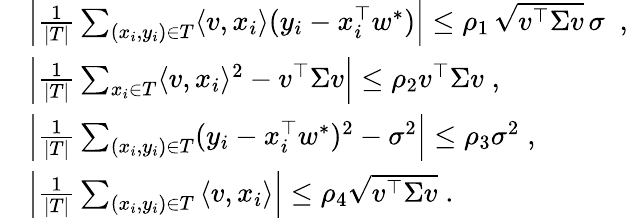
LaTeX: \begin{array}{rl}&{\Big|\frac{1}{|T|}\sum_{(x_{i},y_{i})\in T}\langle v,x_{i}\rangle(y_{i}-x_{i}^{\top}w^{*})\Big|\leq\rho_{1}\, \sqrt{v^{\top}\Sigma v}\, \sigma\; \mathrm{~,~}}\\ &{\Big|\frac{1}{|T|}\sum_{x_{i}\in T}\langle v,x_{i}\rangle^{2}-v^{\top}\Sigma v\Big|\leq\rho_{2}v^{\top}\Sigma v\; ,}\\ &{\Big|\frac{1}{|T|}\sum_{(x_{i},y_{i})\in T}(y_{i}-x_{i}^{\top}w^{*})^{2}-\sigma^{2}\Big|\leq\rho_{3}\sigma^{2}\; ,}\\ &{\Big|\frac{1}{|T|}\sum_{(x_{i},y_{i})\in T}\left\langle v,x_{i}\right\rangle\Big|\leq\rho_{4}\sqrt{v^{\top}\Sigma v}\; .}\end{array}